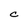
Character: c